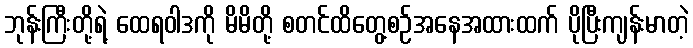
ဘုန်းကြီးတို့ရဲ့ ထေရဝါဒကို မိမိတို့ စတင်ထိတွေ့စဉ်အနေအထားထက် ပိုပြီးကျန်းမာတဲ့